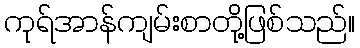
ကုရ်အာန်ကျမ်းစာတို့ဖြစ်သည်။